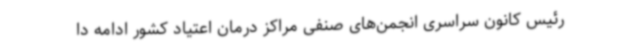
رئیس کانون سراسری انجمن‌های صنفی مراکز درمان اعتیاد کشور ادامه دا